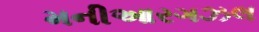
મનીઆરગઝલ